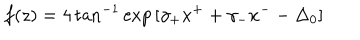
f ( z ) = 4 \tan ^ { - 1 } \exp { [ \gamma _ { + } x ^ { + } + \gamma _ { - } x ^ { - } - \Delta _ { 0 } ] }